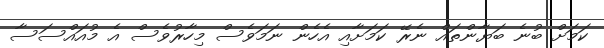
ކަމަށް ބުނެ ބަޔާންތައް ނެރޭ ކަމަށާއި އެހެން ނަަމަވެސް މިހާރުވެސް އެ މުއައްސަސާ